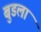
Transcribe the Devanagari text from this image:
बुडला